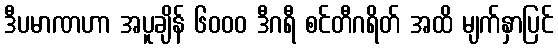
ဒီပမာဏဟာ အပူချိန် ၆၀၀၀ ဒီဂရီ စင်တီဂရိတ် အထိ မျက်နှာပြင်